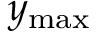
y _ { \mathrm { m a x } }